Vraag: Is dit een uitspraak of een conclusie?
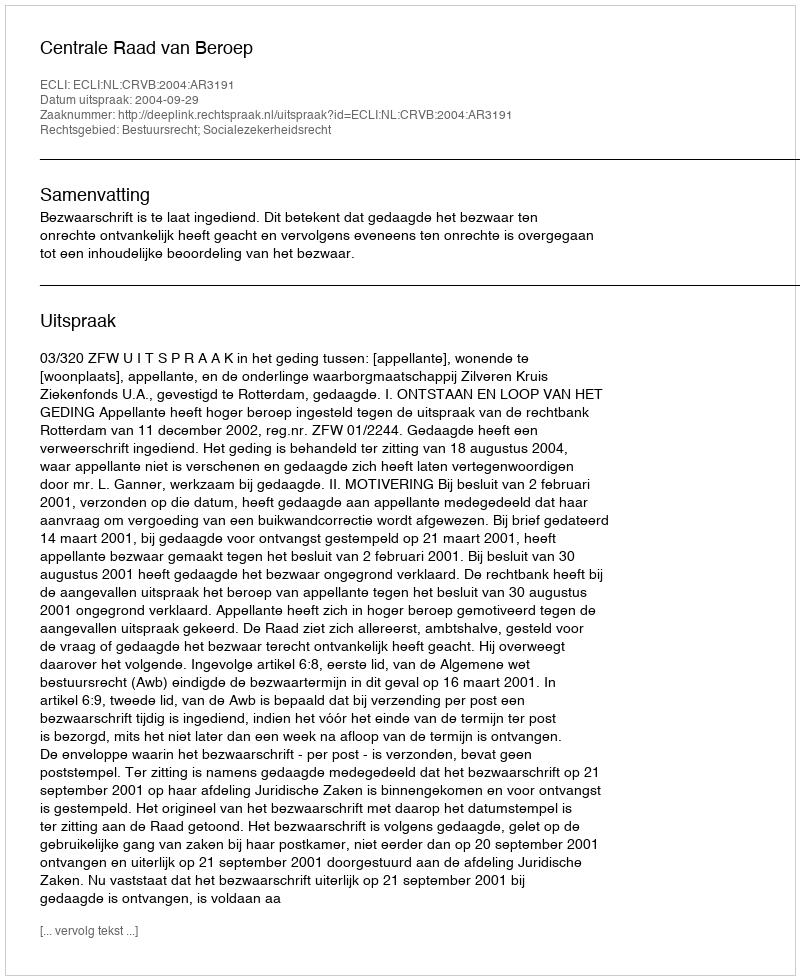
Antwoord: Uitspraak